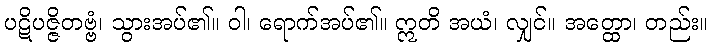
ပဋိပဇ္ဇိတဗ္ဗံ၊ သွားအပ်၏။ ဝါ၊ ရောက်အပ်၏။ ဣတိ အယံ၊ လျှင်။ အတ္ထော၊ တည်း။